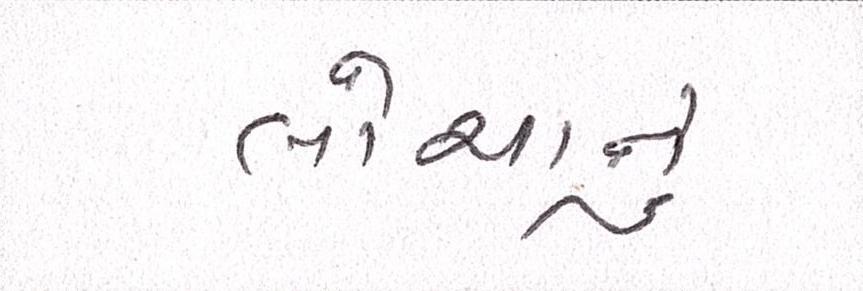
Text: લોચાનું